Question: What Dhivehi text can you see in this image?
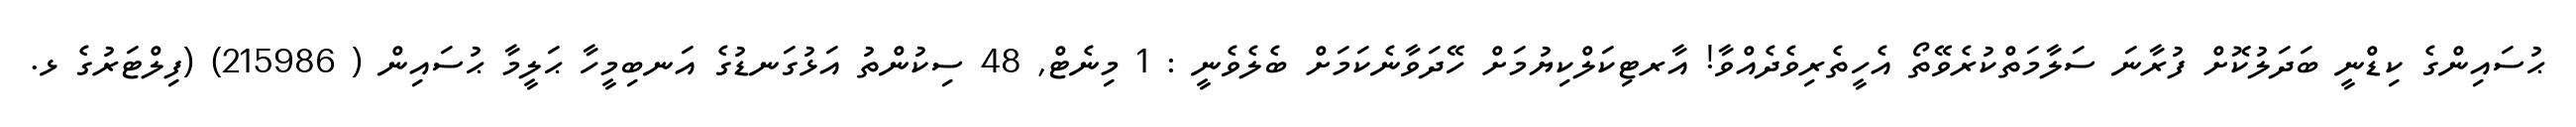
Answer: ޙުސައިންގެ ކިޑްނީ ބަދަލުކޮށް ފުރާނަ ސަލާމަތްކުރެވޭތޯ އެހީތެރިވެދެއްވާ! އާރޓިކަލްކިޔުމަށް ހޭދަވާނެކަމަށް ބެލެވެނީ : 1 މިނެޓް, 48 ސިކުންތު އަޅުގަނޑުގެ އަނބިމީހާ ޙަލީމާ ޙުސައިން ( 215986) (ފިލްޓަރުގެ ޅ.